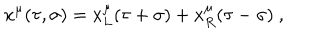
x ^ { \mu } ( \tau , \sigma ) = x _ { L } ^ { \mu } ( \tau + \sigma ) + x _ { R } ^ { \mu } ( \tau - \sigma ) \ ,